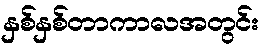
နှစ်နှစ်တာကာလအတွင်း